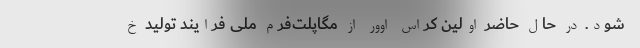
شود. در حال حاضر اولین کراس اوور از مگاپلت‌فرم ملی فرایند تولید خ